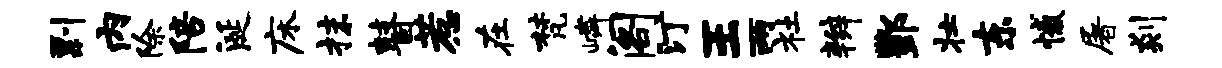
剽内除陪涎床抹瞽惹在梵嶙阁汀王两社辫酆壮东憾屠剡